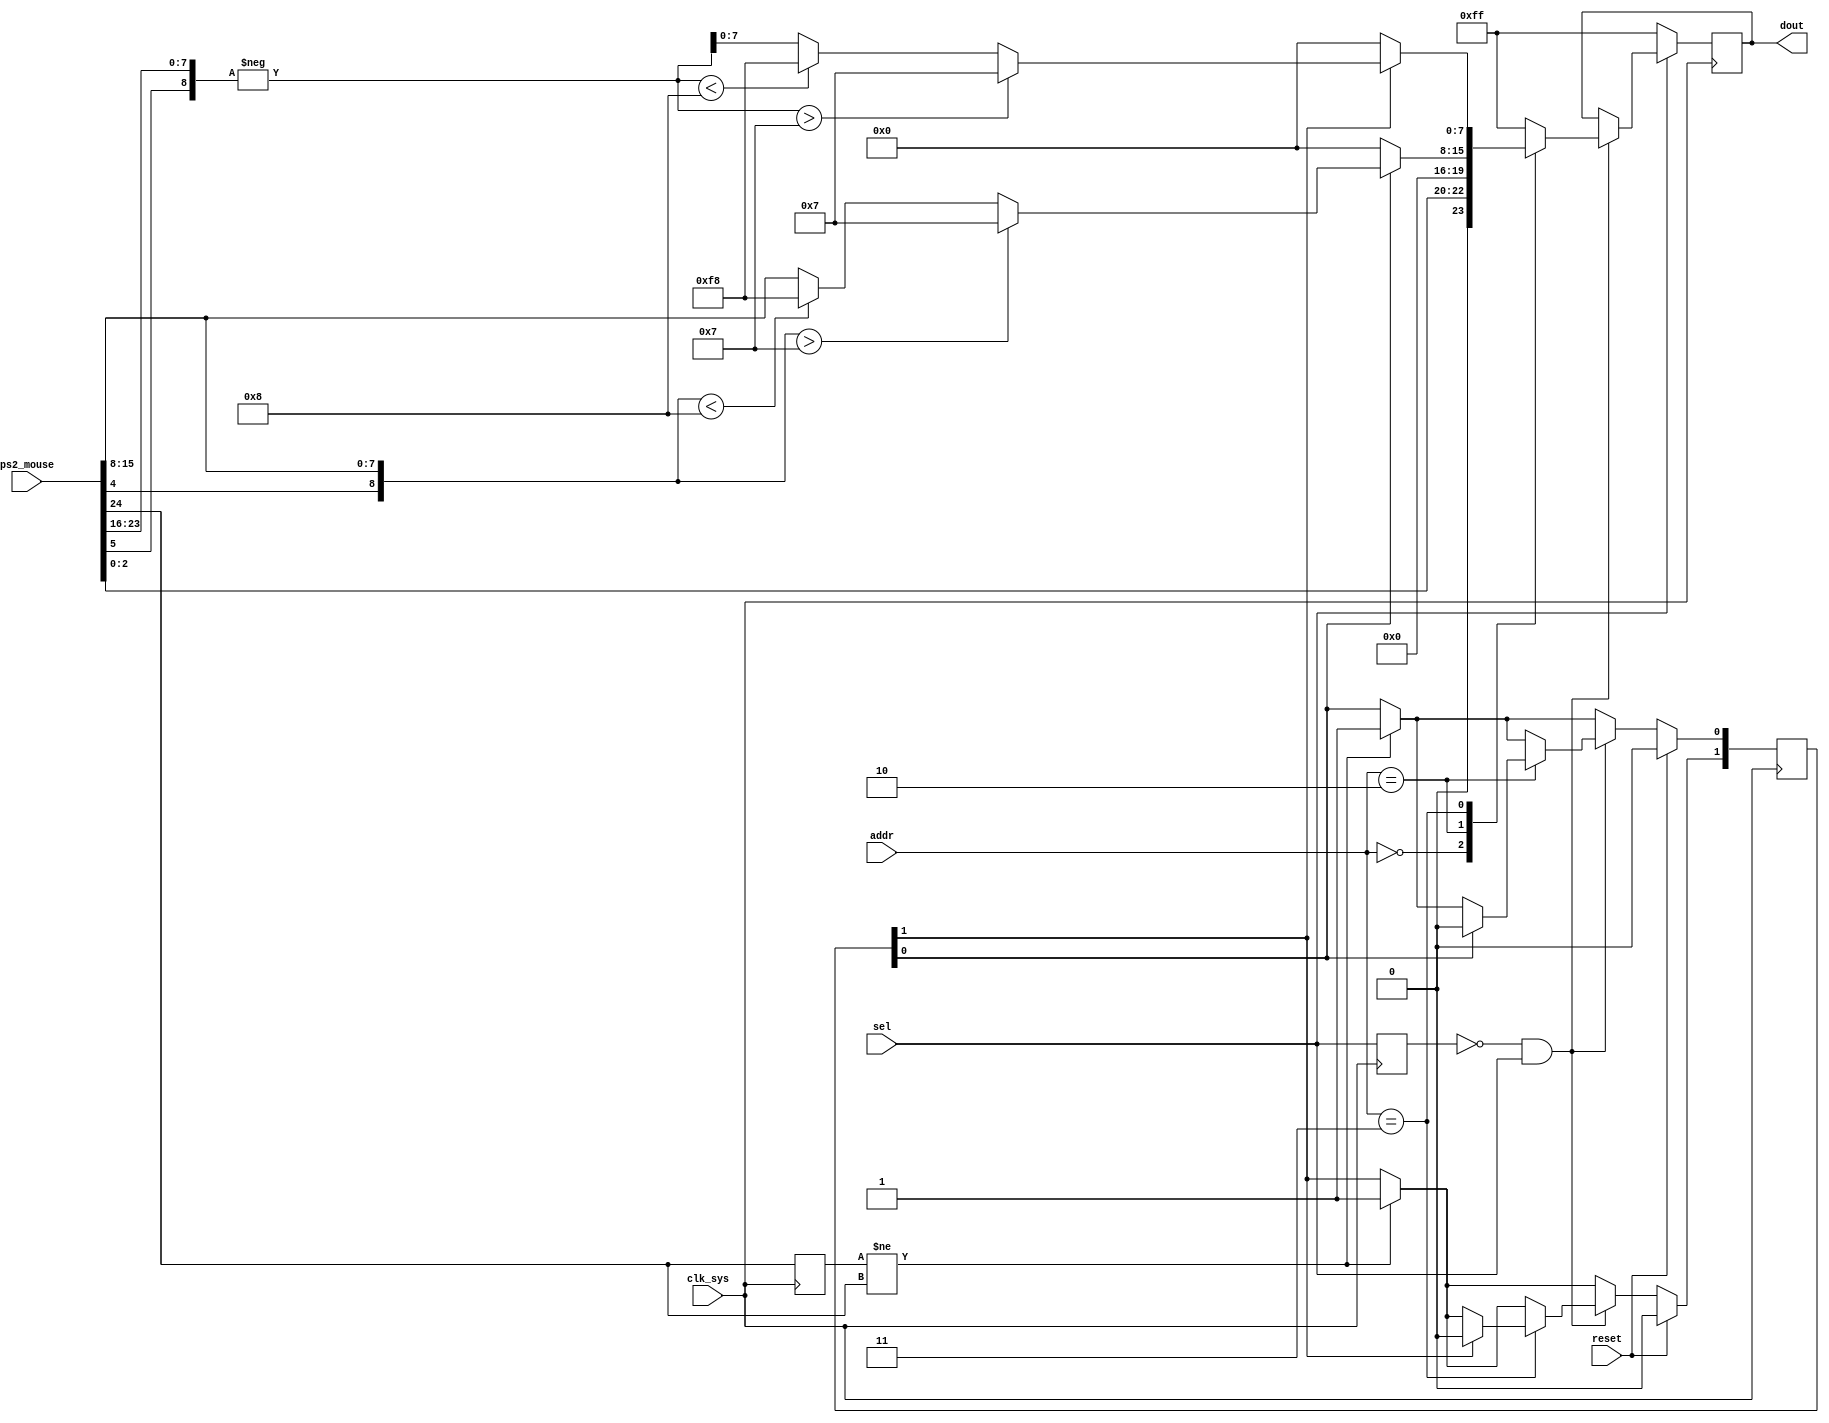
module multiplay_mouse
(
	input        clk_sys,
	input        reset,

	input [24:0] ps2_mouse,

	input        sel,
	input  [2:0] addr,
	output [7:0] dout
);

assign dout = data;
reg [7:0] data;

wire signed [8:0] dxp = {ps2_mouse[4],ps2_mouse[15:8]};
wire signed [7:0] dx  = (dxp > 7) ? 8'd7 : (dxp < -8) ? -8'd8 : dxp[7:0];

wire signed [8:0] dyp = -{ps2_mouse[5],ps2_mouse[23:16]};
wire signed [7:0] dy  = (dyp > 7) ? 8'd7 : (dyp < -8) ? -8'd8 : dyp[7:0];

always @(posedge clk_sys) begin : mouse_block
	reg [1:0] avail;
	reg old_status, old_sel;

	old_status <= ps2_mouse[24];
	if(old_status != ps2_mouse[24]) avail <= 3;

	old_sel <= sel;
	if(~old_sel & sel) begin
		case(addr)
			 0: data <= {1'b0,ps2_mouse[2:0],4'b0000};
			 2: if(avail[0]) {avail[0], data} <= {1'b0, dx}; else data <= 0;
			 3: if(avail[1]) {avail[1], data} <= {1'b0, dy}; else data <= 0;
			default: data <= 8'hFF;
		endcase
	end

	if(~sel)	data <= 8'hFF;
	if(reset) avail <= 0;
end

endmodule